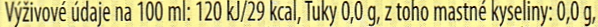
Vyzivove udaje na 100 ml: 120 kJ/29 kcal, Tuky 0,0 g, z toho mastne kyseliny: 0,0 g,